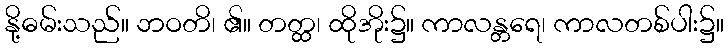
နို့ဓမ်းသည်။ ဘဝတိ၊ ၏။ တတ္ထ၊ ထိုအိုး၌။ ကာလန္တရေ၊ ကာလတစ်ပါး၌။